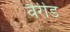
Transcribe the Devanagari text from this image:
वैरीड